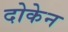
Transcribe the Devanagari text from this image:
दोकेन